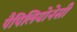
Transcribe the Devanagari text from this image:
पैपिलियोनेसी